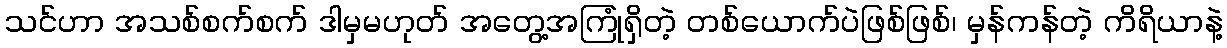
သင်ဟာ အသစ်စက်စက် ဒါမှမဟုတ် အတွေ့အကြုံရှိတဲ့ တစ်ယောက်ပဲဖြစ်ဖြစ်၊ မှန်ကန်တဲ့ ကိရိယာနဲ့